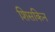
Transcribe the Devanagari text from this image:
शिसकिन